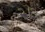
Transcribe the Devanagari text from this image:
२।३